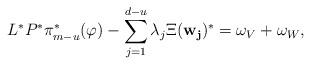
LaTeX: \begin{align*}L^*P^* \pi_{m-u}^*(\varphi) - \sum\limits_{j=1}^{d-u} \lambda_j \Xi(\mathbf{w_j}) ^* = \omega_V + \omega_W,\end{align*}